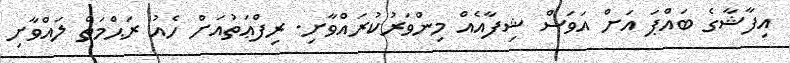
އިފާޝާގެ ބައްޕަ އަށް އަވަސް ޝިފާއެއް މިންވަރުކުރައްވާށި. ރިފްޢަތުއަށް ހެއު ރަޙްމަތް ލައްވާށި